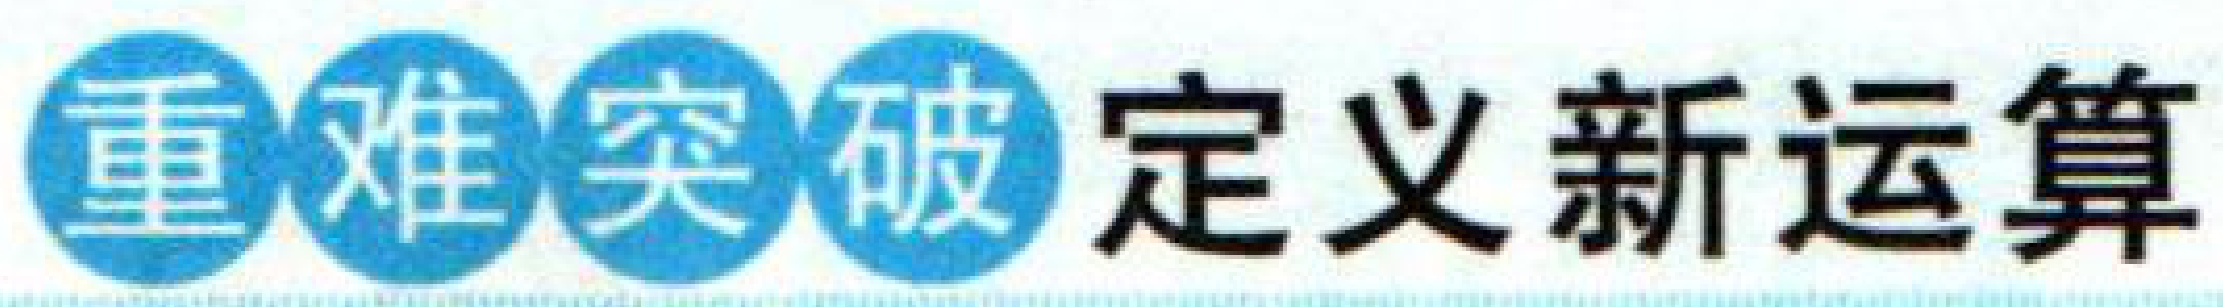
重●难●突●破 定义新运算